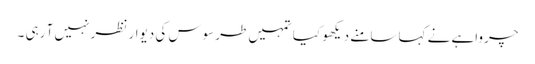
چرواہے نے کہا سامنے دیکھو کیا تمہیں طرسوس کی دیوار نظر نہیں آ رہی ۔